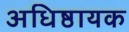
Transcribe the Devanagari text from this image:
अधिष्ठायक